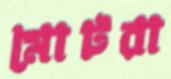
মোটরা